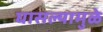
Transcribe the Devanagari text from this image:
घासल्यामुळे